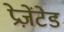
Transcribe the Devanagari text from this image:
प्रेज़ेंटेड